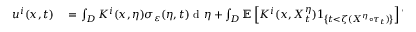
\begin{array} { r l } { u ^ { i } ( x , t ) } & { { } = \int _ { D } K ^ { i } ( x , \eta ) \sigma _ { \varepsilon } ( \eta , t ) \textrm { d } \eta + \int _ { D } \mathbb { E } \left[ K ^ { i } ( x , X _ { t } ^ { \eta } ) 1 _ { \left\{ t < \zeta ( X ^ { \eta } \circ \tau _ { t } ) \right\} } \right] W _ { \varepsilon } ( \eta , 0 ) \textrm { d } \eta } \end{array}